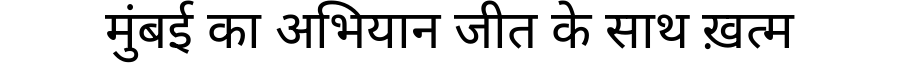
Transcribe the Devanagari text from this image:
मुंबई का अभियान जीत के साथ ख़त्म